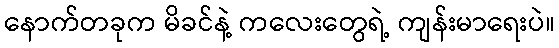
နောက်တခုက မိခင်နဲ့ ကလေးတွေရဲ့ ကျန်းမာရေးပဲ။